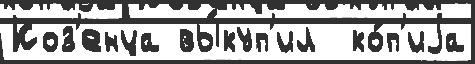
Коз'енца вы́куп'ил  ко́п'иjа